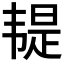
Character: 𩏿